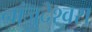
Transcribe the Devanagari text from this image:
नांजुदेश्‍वरा